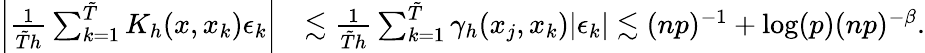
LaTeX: \begin{array}{rl}{\left|\frac{1}{\tilde{T}h}\sum_{k=1}^{\tilde{T}}K_{h}(x,x_{k})\epsilon_{k}\right|}&{\lesssim\frac{1}{\tilde{T}h}\sum_{k=1}^{\tilde{T}}\gamma_{h}(x_{j},x_{k})|\epsilon_{k}|\lesssim(np)^{-1}+\log(p)(np)^{-\beta}.}\end{array}